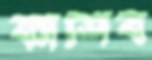
কাশিব